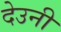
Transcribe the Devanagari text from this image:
देउनी